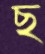
ছ